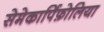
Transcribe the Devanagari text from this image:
सेमेकार्पिफ़ोलिया